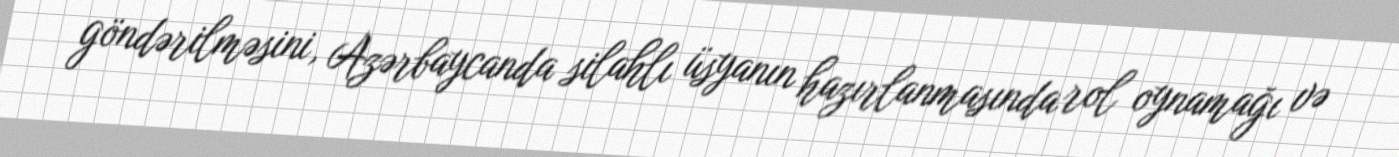
göndərilməsini, Azərbaycanda silahlı üsyanın hazırlanmasında rol oynamağı və